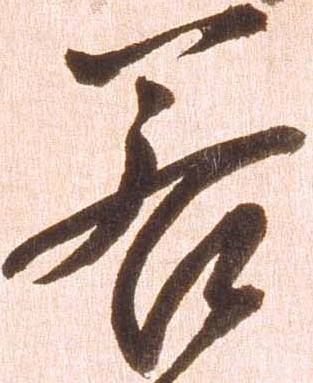
若